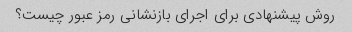
روش پیشنهادی برای اجرای بازنشانی رمز عبور چیست؟